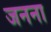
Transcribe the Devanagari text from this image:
जनना